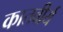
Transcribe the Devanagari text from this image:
कातवीर्य